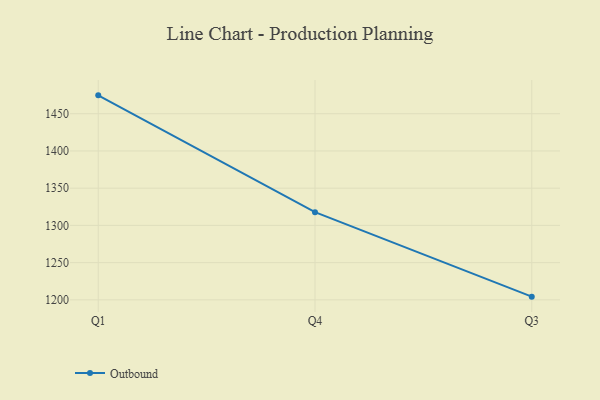
{"axis": {"x": "Quarter", "y": "Headcount"}, "legend": ["Outbound"], "data": [{"x": "Q1", "y": 1474.7, "type": "Outbound"}, {"x": "Q4", "y": 1317.8, "type": "Outbound"}, {"x": "Q3", "y": 1204.3, "type": "Outbound"}]}